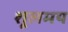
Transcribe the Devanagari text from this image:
शूलमय